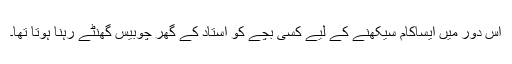
اس دور میں ایساکام سیکھنے کے لیے کسی بچے کو استاد کے گھر چوبیس گھنٹے رہنا ہوتا تھا۔